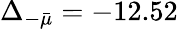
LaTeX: \Delta_{-\bar{\mu}}=-12.52